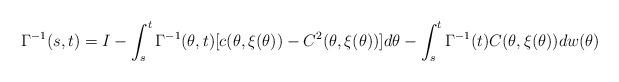
LaTeX: \begin{align*}\Gamma^{-1}(s,t)=I-\int_{s}^{t}\Gamma^{-1}(\theta,t)[c(\theta,\xi(\theta))-C^2(\theta,\xi(\theta))]d\theta-\int_{s}^{t}\Gamma^{-1}({t})C(\theta,\xi(\theta))dw(\theta)\end{align*}